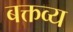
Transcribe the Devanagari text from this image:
बक्तव्य